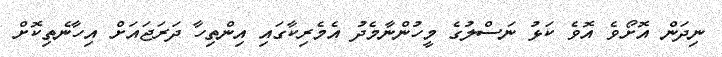
ނިދަން އޮށޯވެ އޮވެ ކަޅު ނަސްލުގެ މީހުންނާމެދު އެމެރިކާގައި އިންތިހާ ދަރަޖައަށް އިހާނެތިކޮށް